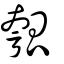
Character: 瓠